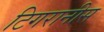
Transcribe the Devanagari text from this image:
टिगरानीस